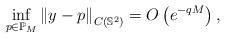
LaTeX: \begin{align*}\inf_{p\in\mathbb{P}_M}\left\|y-p\right\|_{C(\mathbb{S}^2)}=O\left(e^{-qM}\right),\end{align*}